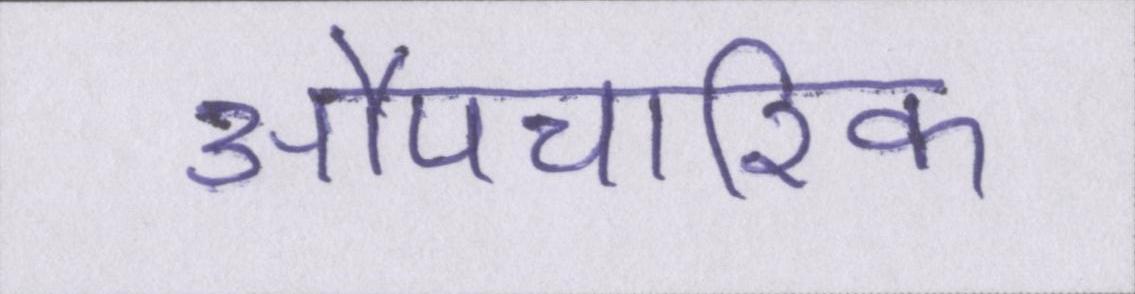
औपचारिक